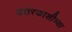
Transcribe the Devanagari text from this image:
उत्तरकाशीच्या